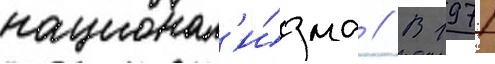
национал'и́зма // В 1971